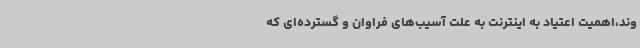
وند،اهمیت اعتیاد به اینترنت به علت آسیب‌های فراوان و گسترده‌ای که